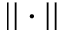
| | \cdot | |